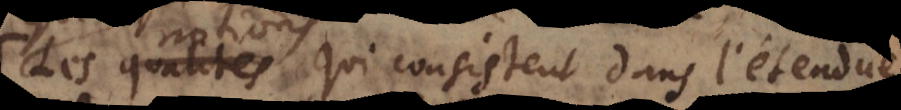
les notions qui consistent dans l’étendue